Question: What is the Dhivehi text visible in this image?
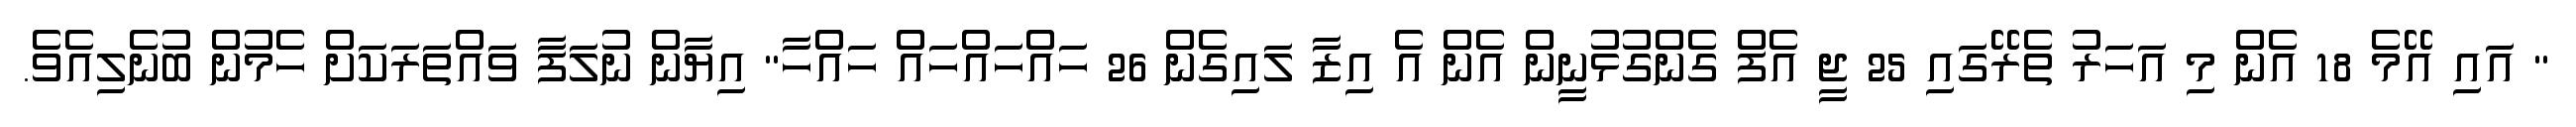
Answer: " އައި އޭމެ 18 އެން މި އަހަރު ތެރޭގައި 25 ޖީ އެފް ގެންގުޅުނީން އެން އެ އިޒާ ލައިގެން 26 ހައްހައްހައް ހައްހާ" އިޔާން ނުލަފާ ވައްތަރަކަށް ހެމުން ބުނެލިއެވެ.